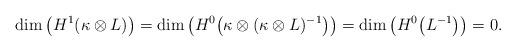
LaTeX: \begin{gather*}\dim\big(H^1(\kappa\otimes L)\big)=\dim\big(H^0\big(\kappa\otimes (\kappa\otimes L)^{-1}\big)\big)=\dim\big(H^0\big(L^{-1}\big)\big)=0.\end{gather*}